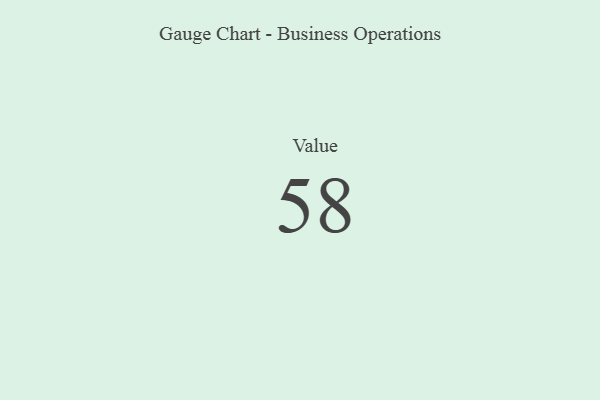
{"axis": {"x": "Metric", "y": "Value"}, "legend": [""], "data": [{"x": "Value", "y": 58, "type": ""}]}